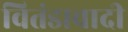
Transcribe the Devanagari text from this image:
वितंडावादी